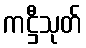
ကဋ္ဌီသုတ်